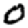
Digit: 0